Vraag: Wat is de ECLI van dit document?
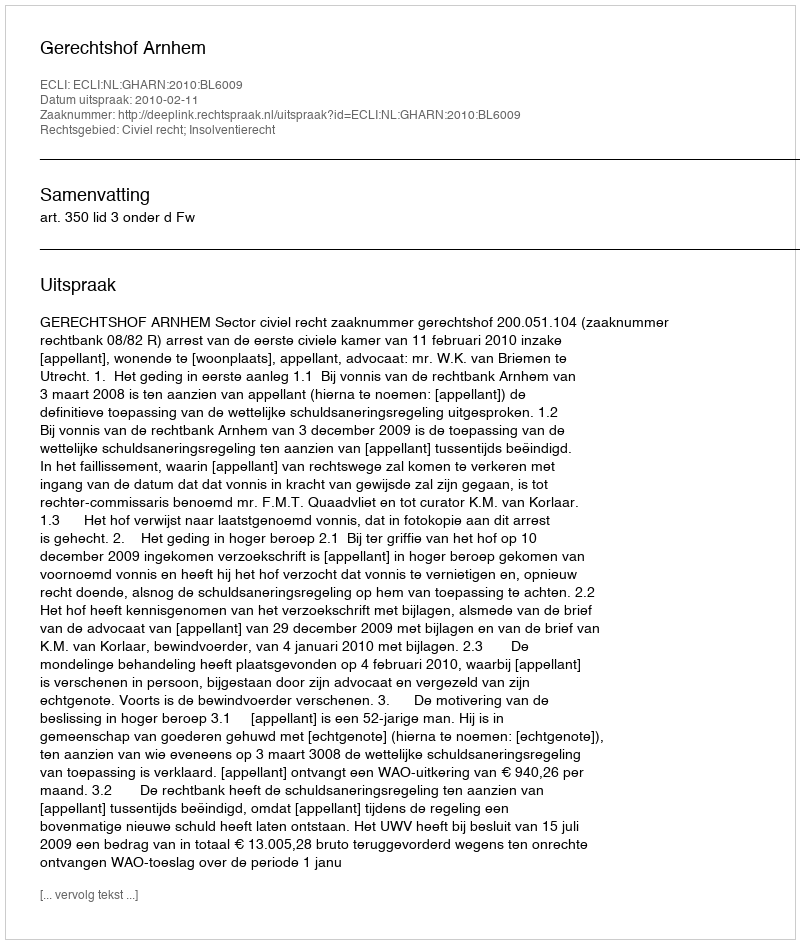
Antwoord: ECLI:NL:GHARN:2010:BL6009